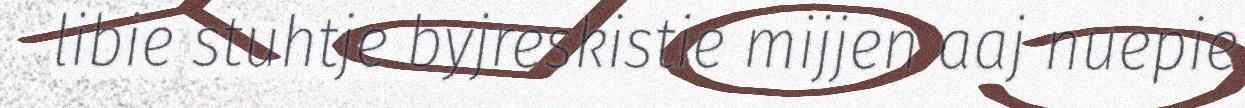
libie stuhtje byjreskistie mijjen aaj nuepie